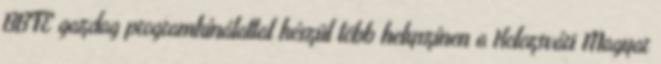
BBTE gazdag programkínálattal készül több helyszínen a Kolozsvári Magyar